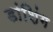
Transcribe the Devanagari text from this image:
डांशिंग